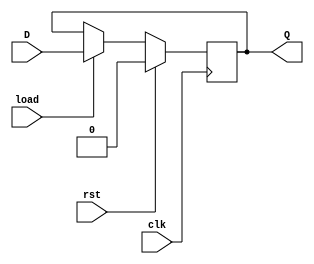
module Reg_1bit(Q,D,load,clk,rst);

output	Q;
input	D;
input	load,clk,rst;

reg 	Q;

always@(posedge clk)
	begin
		if(rst==1)Q<=0;
		else if(load==1)Q<=D;
	end

endmodule